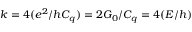
k = 4 ( e ^ { 2 } / h C _ { q } ) = 2 G _ { 0 } / C _ { q } = 4 ( E / h )